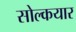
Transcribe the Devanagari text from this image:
सोल्कयार